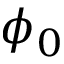
\phi _ { 0 }